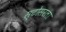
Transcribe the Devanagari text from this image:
स्टोसरला